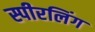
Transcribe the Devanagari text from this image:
स्पीरलिंग